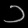
Digit: ၁